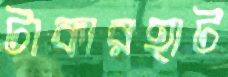
টাকারহাট